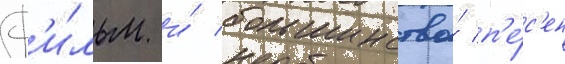
ф'и́льм и́ большинство́ п'е́с'ен